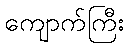
ကျောက်ကြီး